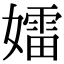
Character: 𡢽